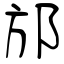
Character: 邡